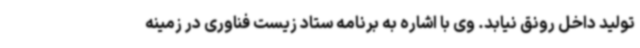
تولید داخل رونق نیابد. وی با اشاره به برنامه ستاد زیست فناوری در زمینه